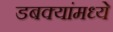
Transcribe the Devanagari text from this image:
डबक्यांमध्ये